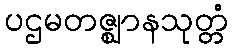
ပဌမတဇ္ဈာနသုတ္တံ